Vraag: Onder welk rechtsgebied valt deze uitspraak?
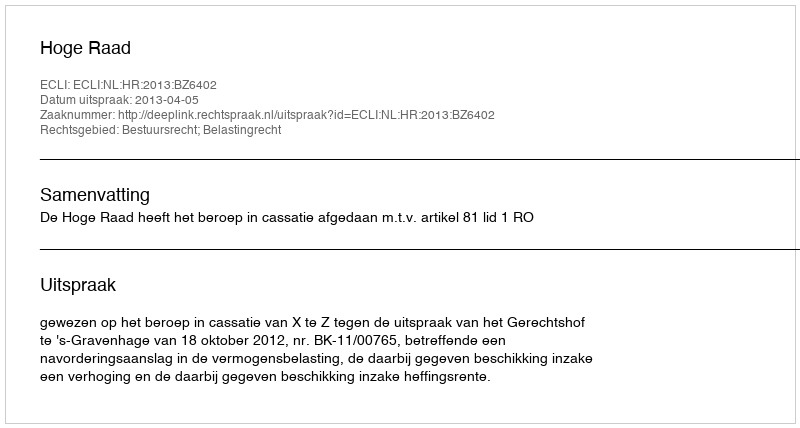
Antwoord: Bestuursrecht; Belastingrecht